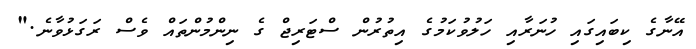
އޭނާގެ ކިބައިގައި ހުނަރާއި ހަލުވުކަމުގެ އިތުރުން ސްޓަރިޖް ގެ ނިންމުންތައް ވެސް ރަގަޅުވާނެ."